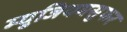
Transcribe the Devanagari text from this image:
म्युजियमसुफर